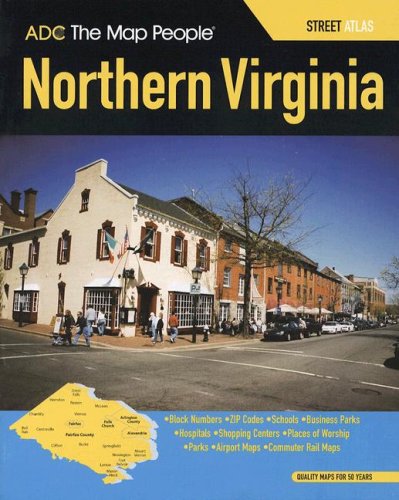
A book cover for ADC Virginia Northern: Street Atlas; Travel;